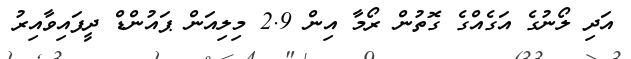
އަދި ލޯނުގެ އަގެއްގެ ގޮތުން ރޯމާ އިން 2.9 މިލިއަން ޕައުންޑް ދީފައިވާއިރު